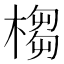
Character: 㮲